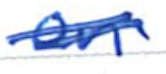
Text: on
Cross-out: double-line
Writing tool: ballpoint